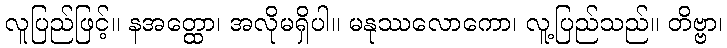
လူပြည်ဖြင့်။ နအတ္ထော၊ အလိုမရှိပါ။ မနုဿလောကော၊ လူ့ပြည်သည်။ တိဗ္ဗာ၊